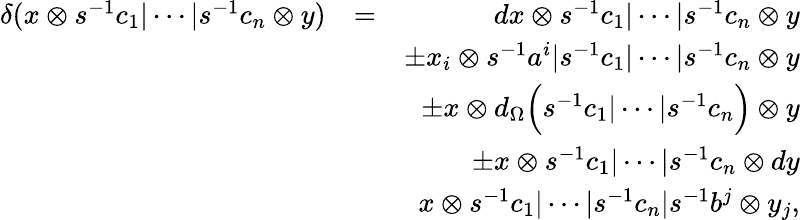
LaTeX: \begin{array}{rlr}{\delta(x\otimes s^{-1}c_{1}\vert\cdots\vert s^{-1}c_{n}\otimes y)}&{=}&{dx\otimes s^{-1}c_{1}\vert\cdots\vert s^{-1}c_{n}\otimes y}\\ &{}&{\pm x_{i}\otimes s^{-1}a^{i}\vert s^{-1}c_{1}\vert\cdots\vert s^{-1}c_{n}\otimes y}\\ &{}&{\pm x\otimes d_{\Omega}\Big(s^{-1}c_{1}\vert\cdots\vert s^{-1}c_{n}\Big)\otimes y}\\ &{}&{\pm x\otimes s^{-1}c_{1}\vert\cdots\vert s^{-1}c_{n}\otimes dy}\\ &{}&{x\otimes s^{-1}c_{1}\vert\cdots\vert s^{-1}c_{n}\vert s^{-1}b^{j}\otimes y_{j},}\end{array}